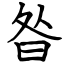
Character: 昝